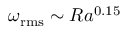
\omega _ { \mathrm { r m s } } \sim R a ^ { 0 . 1 5 }